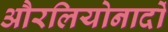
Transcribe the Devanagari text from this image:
औरलियोनार्दो